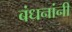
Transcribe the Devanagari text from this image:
बंधनांनी